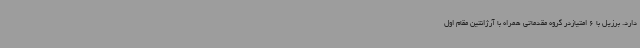
دارد. برزیل با 6 امتیازدر گروه مقدماتی همراه با آرژانتین مقام اول